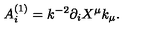
A _ { i } ^ { ( 1 ) } = k ^ { - 2 } \partial _ { i } X ^ { \mu } k _ { \mu } .